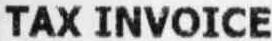
TAX INVOICE